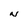
Character: N